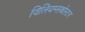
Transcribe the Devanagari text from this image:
विलियम्सबोस्टन